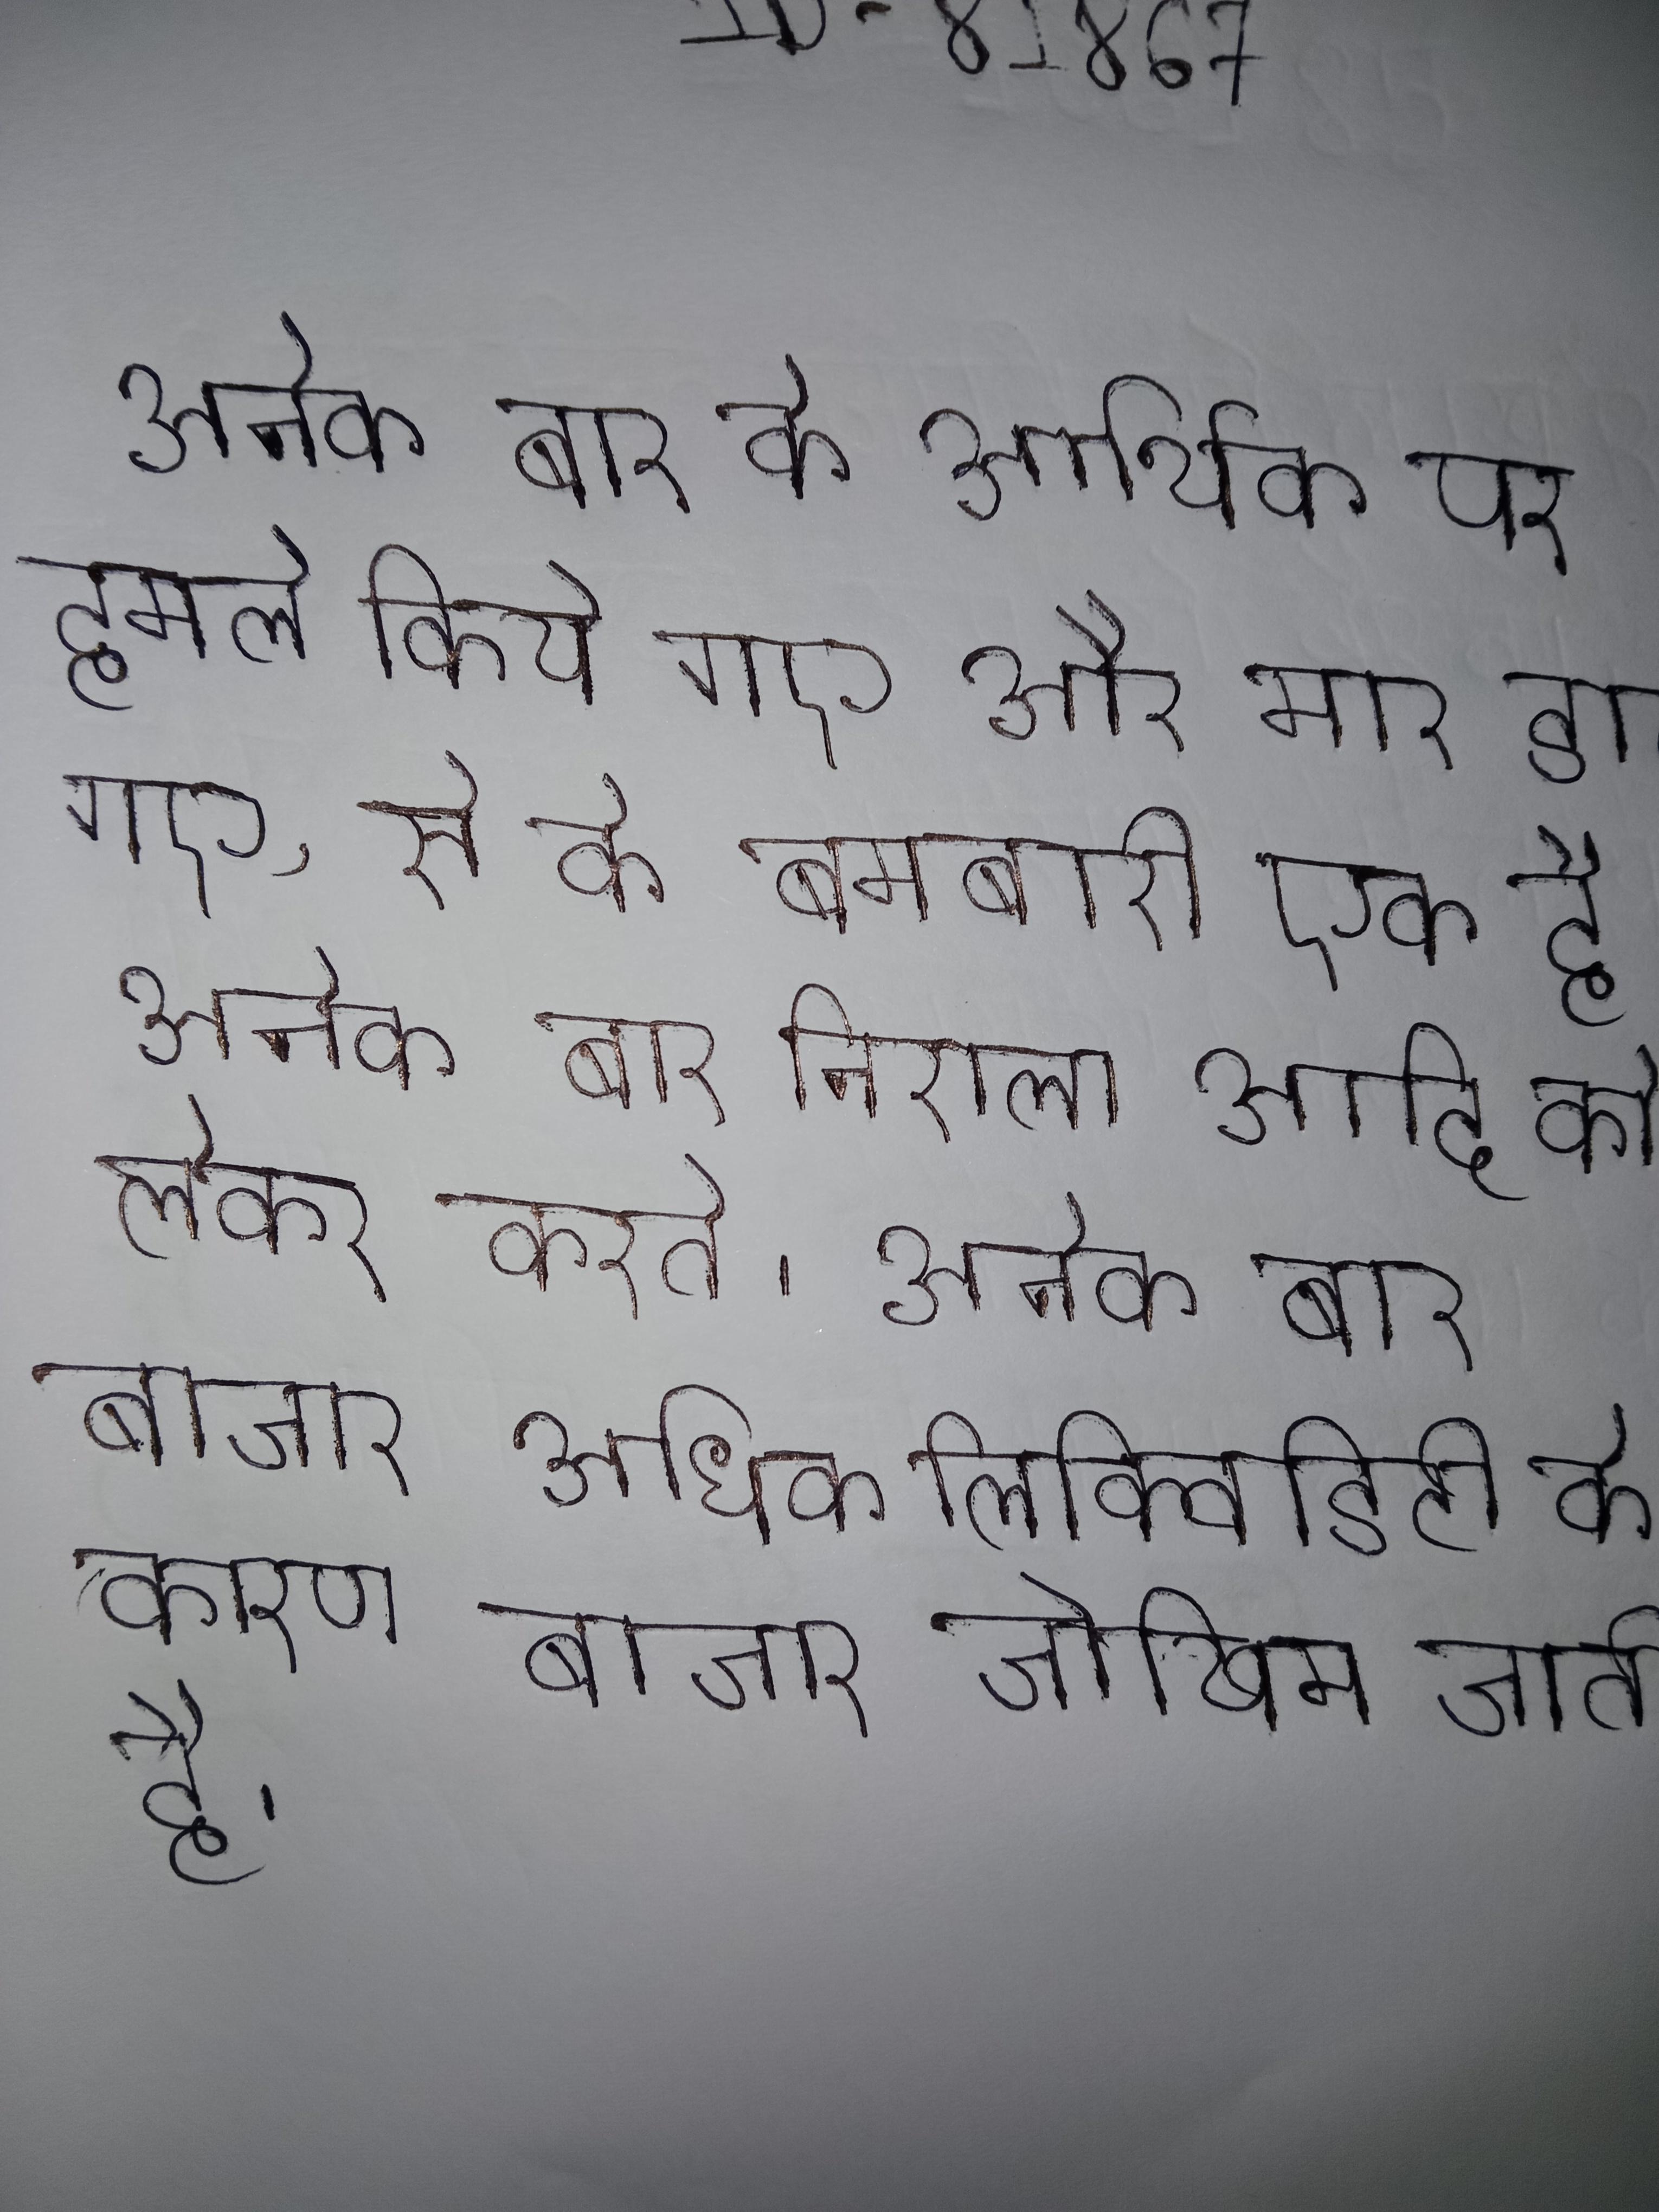
अनेक बार के आर्थिक पर हमले किये गए और मार डाले गए, से के बमबारी एक है । अनेक बार निराला आदि को लेकर करते । अनेक बार बाजार अधिक लिक्विडिटी के कारण भाव काफी लगते जिससे बाजार जोखिम जाती है ।